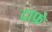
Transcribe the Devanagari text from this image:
दाफ़े